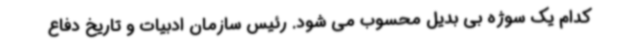
کدام یک سوژه بی بدیل محسوب می شود. رئیس سازمان ادبیات و تاریخ دفاع